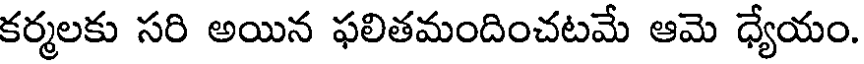
కర్మలకు సరి అయిన ఫలితమందించటమే ఆమె ధ్యేయం.